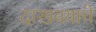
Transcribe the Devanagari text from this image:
दाखवयाचे